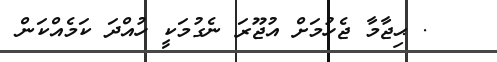
. ޙިޖާމާ ޖެހުމަށް އުޖޫރަ ނެގުމަކީ ހުއްދަ ކަމެއްކަން